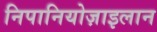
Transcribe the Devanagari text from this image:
निपानियोज़ाइलान